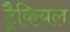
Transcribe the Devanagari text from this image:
ट्रैकियल